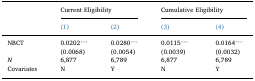
<table><thead><tr><td>[EMPTY_CELL]</td><td colspan="2"><b>Current Eligibility</b></td><td colspan="2"><b>Cumulative Eligibility</b></td></tr><tr><td>[EMPTY_CELL]</td><td><b>(1)</b></td><td><b>(2)</b></td><td><b>(3)</b></td><td><b>(4)</b></td></tr></thead><tbody><tr><td>NBCT</td><td>0.0202⁎⁎⁎</td><td>0.0280⁎⁎⁎</td><td>0.0115⁎⁎⁎</td><td>0.0164⁎⁎⁎</td></tr><tr><td>[EMPTY_CELL]</td><td>(0.0068)</td><td>(0.0054)</td><td>(0.0039)</td><td>(0.0032)</td></tr><tr><td><i>N</i></td><td>6,877</td><td>6,789</td><td>6,877</td><td>6,789</td></tr><tr><td>Covariates</td><td>N</td><td>Y</td><td>N</td><td>Y</td></tr></tbody></table>